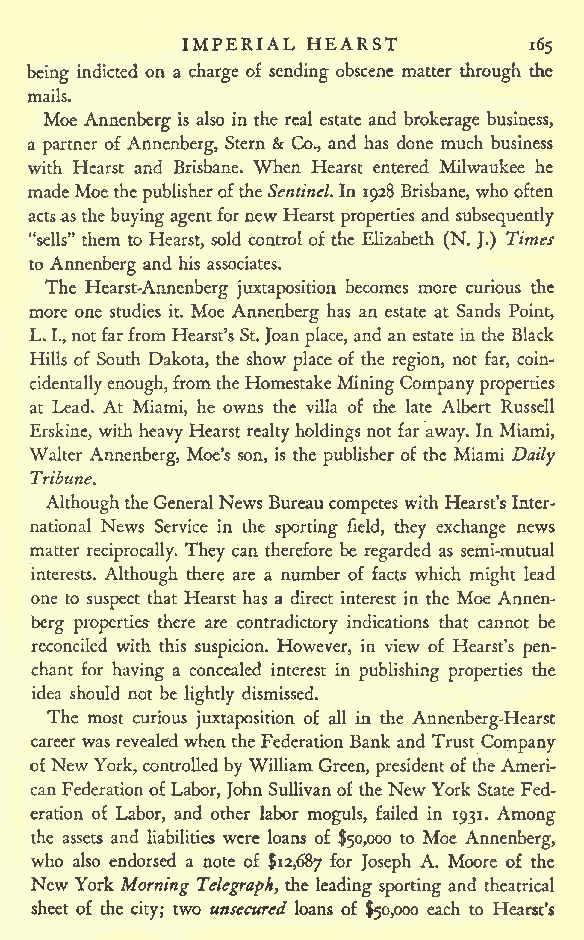
IMPERIAL HEARST
 165
 being indicted on a charge of sending obscene matter through the
 mails.
 Moe Annenberg is also in the real estate and brokerage business,
 a partner of Annenberg, Stern & Co., and has done much business
 with Hearst and Brisbane. When Hearst entered Milwaukee he
 madeMoe thepublisheroftheSentinel. In 1928 Brisbane, whooften
 actsasthebuyingagentfornew Hearst properties and subsequently
 "sells" them to Hearst, sold control of the Elizabeth (N. J.) Times
 to Annenberg and his associates.
 The Hearst-Annenberg juxtaposition becomes more curious the
 more one studies it. Moe Annenberg has an estate at Sands Point,
 L. I.,notfarfrom Hearst'sSt.Joan place, and an estate in the Black
 Hills of South Dakota, the show place of the region, not far, coin-
 cidentallyenough,fromtheHomestakeMiningCompanyproperties
 at Lead. At Miami, he owns the villa of the late Albert Russell
 Erskine, with heavy Hearst realty holdings not far away. In Miami,
 Walter Annenberg, Moe's son, is the publisher of the Miami Daily
 Tribune.
 AlthoughtheGeneralNews Bureaucompetes withHearst's Inter-
 national News Service in the sporting field, they exchange news
 matter reciprocally. They can therefore be regarded as semi-mutual
 interests. Although there are a number of facts which might lead
 one to suspect that Hearst has a direct interest in the Moe Annen-
 berg properties- there are contradictory indications that cannot be
 reconciled with this suspicion. However, in view of Hearst's pen-
 chant for having a concealed interest in publishing properties the
 idea should not be lightly dismissed.
 The most curious juxtaposition of all in the Annenberg-Hearst
 career was revealed whenthe Federation Bank and Trust Company
 ofNew York, controlled by WilliamGreen, presidentofthe Ameri-
 canFederationofLabor, John Sullivanof the NewYork State Fed-
 eration of Labor, and other labor moguls, failed in 1931. Among
 the assets and liabilities were loans of $50,000 to Moe Annenberg,
 who also endorsed a note of $12,687 ^or Joseph A. Moore of the
 New York Morning Telegraph, the leading sporting and theatrical
 sheet of the city; two unsecured loans of $50,000 each to Hearst's